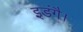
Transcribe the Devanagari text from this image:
इडंगै।